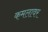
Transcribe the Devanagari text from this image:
कमलावर